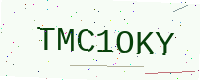
Text: TMC1OKY